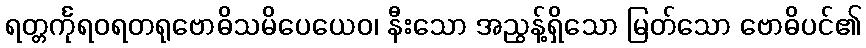
ရတ္တင်္ကုရဝရတရုဗောဓိသမိပေယေဝ၊ နီးသော အညွန့်ရှိသော မြတ်သော ဗောဓိပင်၏